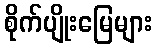
စိုက်ပျိုးမြေများ